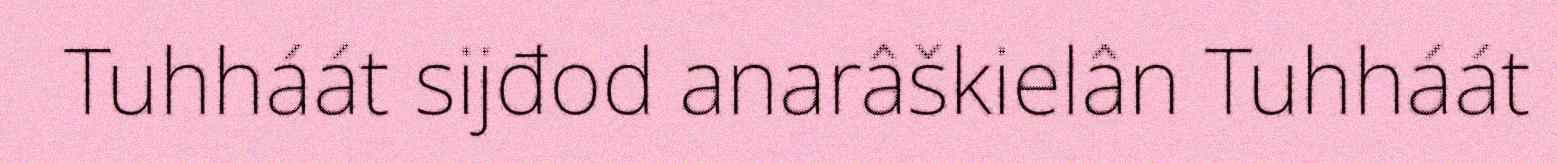
Tuhháát sijđod anarâškielân Tuhháát